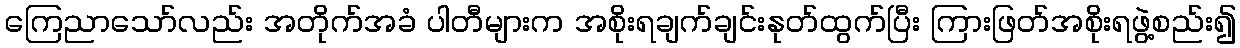
ကြေညာသော်လည်း အတိုက်အခံ ပါတီများက အစိုးရချက်ချင်းနုတ်ထွက်ပြီး ကြားဖြတ်အစိုးရဖွဲ့စည်း၍